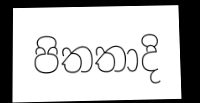
පිතතාදි